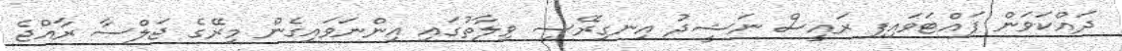
ދައްކަވަން ފައްޓަވައިފި ރައީސް ނަޝީދު އިނގިރޭސި ވިލާތުގައި އިންނަވައިގެން މިރޭގެ ޖަލްސާ ރާއްޖެ